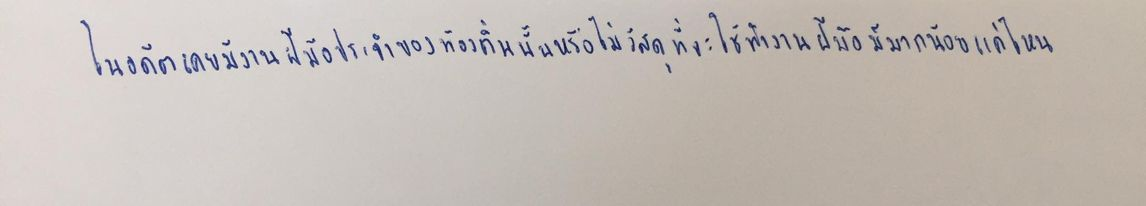
ในอดีตเคยมีงานฝีมือประจำของท้องถิ่นนั้นหรือไม่วัสดุที่จะใช้ทำงานฝีมือมีมากน้อยแค่ไหน